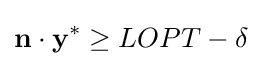
\mathbf {n} \cdot \mathbf {y^{*}} \geq LOPT-\delta